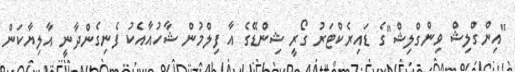
"އިންގްލިޝް ވިންގްލިޝް"ގެ ޑައިރެކްޓަރު ގޯރީ ޝިންޑޭގެ އާ ފިލްމުން ޝާހުއާއެކު ފެނިގެންދާނީ އާލިޔާކަން